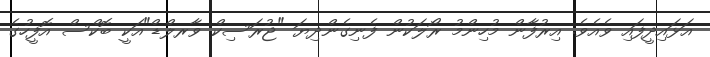
އަޅައިދީފައި ވެއެވެ. އިރުފާން މުހިންމު ރޯލަކުން ފެނިގެންދިޔަ "ޖުރަސިކް ވާރލްޑް"އަކީ ބޮކްސް އޮފީހުގެ